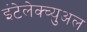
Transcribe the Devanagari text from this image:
इंटेलेक्च्युअल